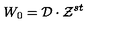
W _ { 0 } = { \cal D } \cdot { \cal Z } ^ { s t }